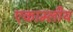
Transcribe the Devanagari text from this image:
एकाम्लीय